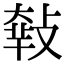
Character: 𢾴